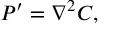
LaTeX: { \cal P } ^ { \prime } = { \nabla ^ { 2 } } C ,